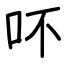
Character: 吥